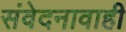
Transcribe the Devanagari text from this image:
संवेदनावाही